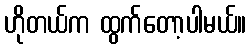
ဟိုတယ်က ထွက်တော့ပါမယ်။